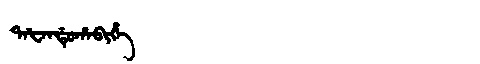
Manchu: ᡨᠠᡶᠠᠨᡩᡠᡥᠠᠪᡳᡥᡝ
Romanization: TAFANDUHABIHE